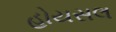
હોયસલ